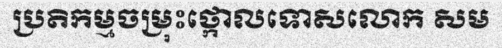
ប្រតិកម្មចម្រុះថ្កោលទោសលោក សម